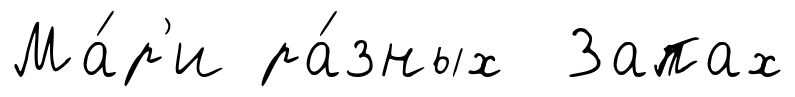
Ма́р'и ра́зных Запах